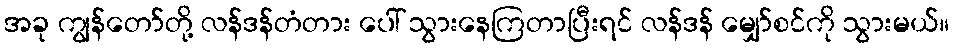
အခု ကျွန်တော်တို့ လန်ဒန်တံတား ပေါ် သွားနေကြတာပြီးရင် လန်ဒန် မျှော်စင်ကို သွားမယ်။